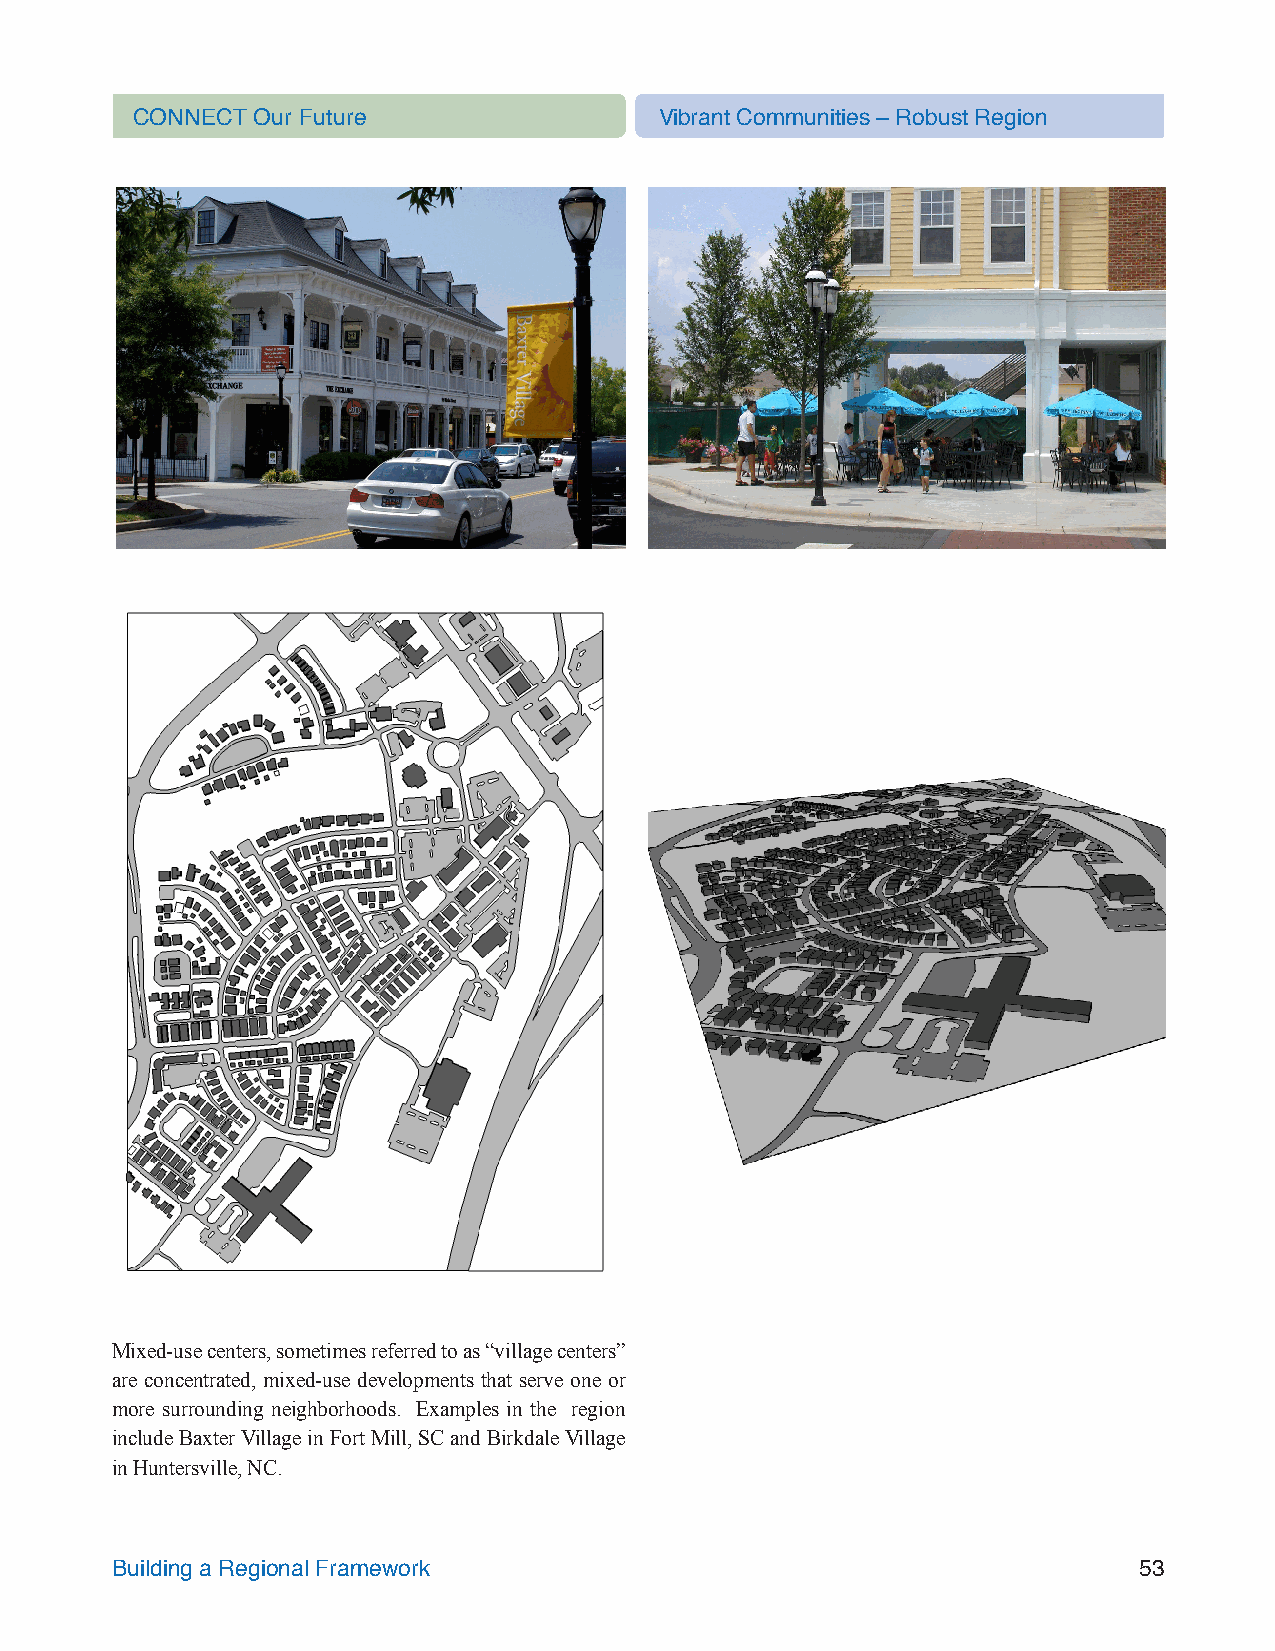
CONNECT Our Future                 Vibrant Communities – Robust Region
 Mixed-use centers, sometimes referred to as “village centers”
 are concentrated, mixed-use developments that serve one or
 more surrounding neighborhoods. Examples in the region
 include Baxter Village in Fort Mill, SC and Birkdale Village
 in Huntersville, NC.
 Building a Regional Framework                                       53